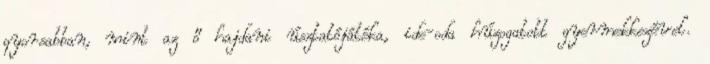
gyorsabban, mint az ő hajdani úsztatójátéka, ide-oda húzogatott gyermekkezével.